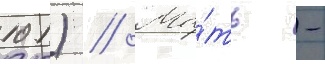
101) // Ма́ть -